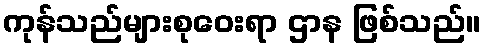
ကုန်သည်များစုဝေးရာ ဌာန ဖြစ်သည်။